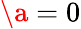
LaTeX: \a=0